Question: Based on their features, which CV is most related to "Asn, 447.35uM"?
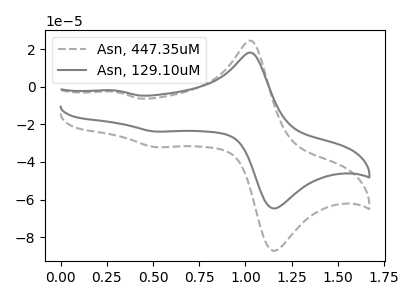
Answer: <think>The gray dashed curve "Asn, 447.35uM" has anodic peaks at (1.05V, 24.35uA) (0.30V, -2.60uA) and cathodic peaks at (1.20V, -86.50uA) (0.50V, -32.10uA). The gray curve "Asn, 129.10uM" has anodic peaks at (1.05V, 18.10uA) (0.30V, -1.95uA) and cathodic peaks at (1.20V, -64.15uA) (0.50V, -23.85uA).
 All the peaks in "Asn, 447.35uM" have a peak in "Asn, 129.10uM" at the same potential.</think>
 <answer>The CV with the most similar shape to "Asn, 129.10uM" is "Asn, 447.35uM".</answer>
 <eval>"Asn, 447.35uM"</eval>